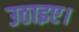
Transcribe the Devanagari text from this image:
उठाइए।